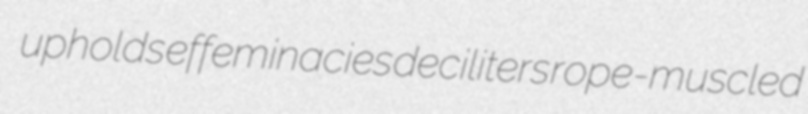
upholds effeminacies deciliters rope-muscled